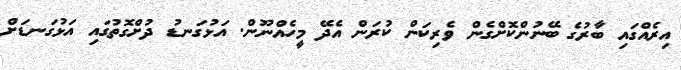
އިރެއްގައި ބާރުގެ ބޭނުންކޮށްގެން ވެރިކަން ކުރަން އެދޭ މީހެއްނޫން. އަޅުގަނޑު ދުށްގޮތުގައި އަޅުގަނޑަށް